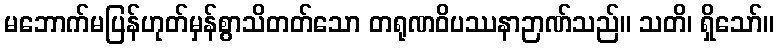
မဘောက်မပြန်ဟုတ်မှန်စွာသိတတ်သော တရုဏဝိပဿနာဉာဏ်သည်။ သတိ၊ ရှိသော်။